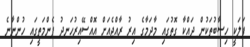
ފަލަކީ ހިސާބުތަކުން ދައްކާ ގޮތުގައި މާދަމާގެ އިރު ރާއްޖެއަށް އޮއްސޭއިރުހަނދު ފެންމަތީގައި ހުންނާނެ